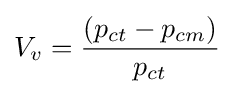
V_{v}={\frac {({p_{ct}}-{p_{cm}})}{p_{ct}}}\!